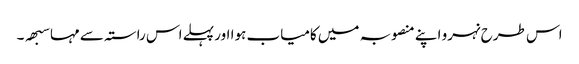
اس طرح نہرو اپنے منصوبہ میں کامیاب ہوا اور پہلے اس راستہ سے مہاسبھہ ۔